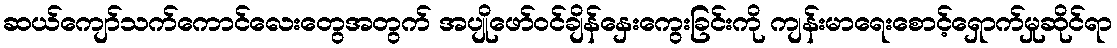
ဆယ်ကျော်သက်ကောင်လေးတွေအတွက် အပျိုဖော်ဝင်ချိန်နှေးကွေးခြင်းကို ကျန်းမာရေးစောင့်ရှောက်မှုဆိုင်ရာ